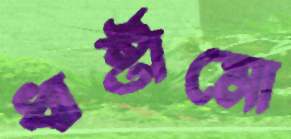
ধার্ষ্টামো